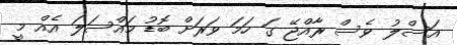
އަސްލު ވެސް ރާއްޖޭ ގަ ހަމަ ވަރަށް ބޮޑު މައްސަލަ އެއް މީ